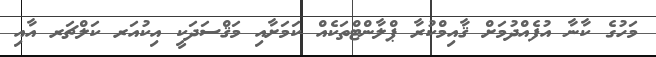
މަހުގެ ކާނާ އުފެއްދުމަށް ޤާއިމްކުރާ ޕްލާންޓްތަކެއް ކަމަށާއި މަޤްސަދަކީ އިކުއަރ ކަލްޗަރ އާއި